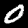
Digit: 0